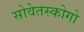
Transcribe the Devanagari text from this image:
सोवेतस्कोगो